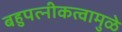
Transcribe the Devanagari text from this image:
बहुपत्‍नीकत्वामुळे